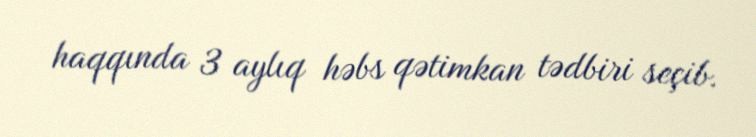
haqqında 3 aylıq həbs qətimkan tədbiri seçib.